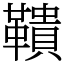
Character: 鞼